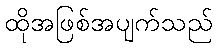
ထိုအဖြစ်အပျက်သည်